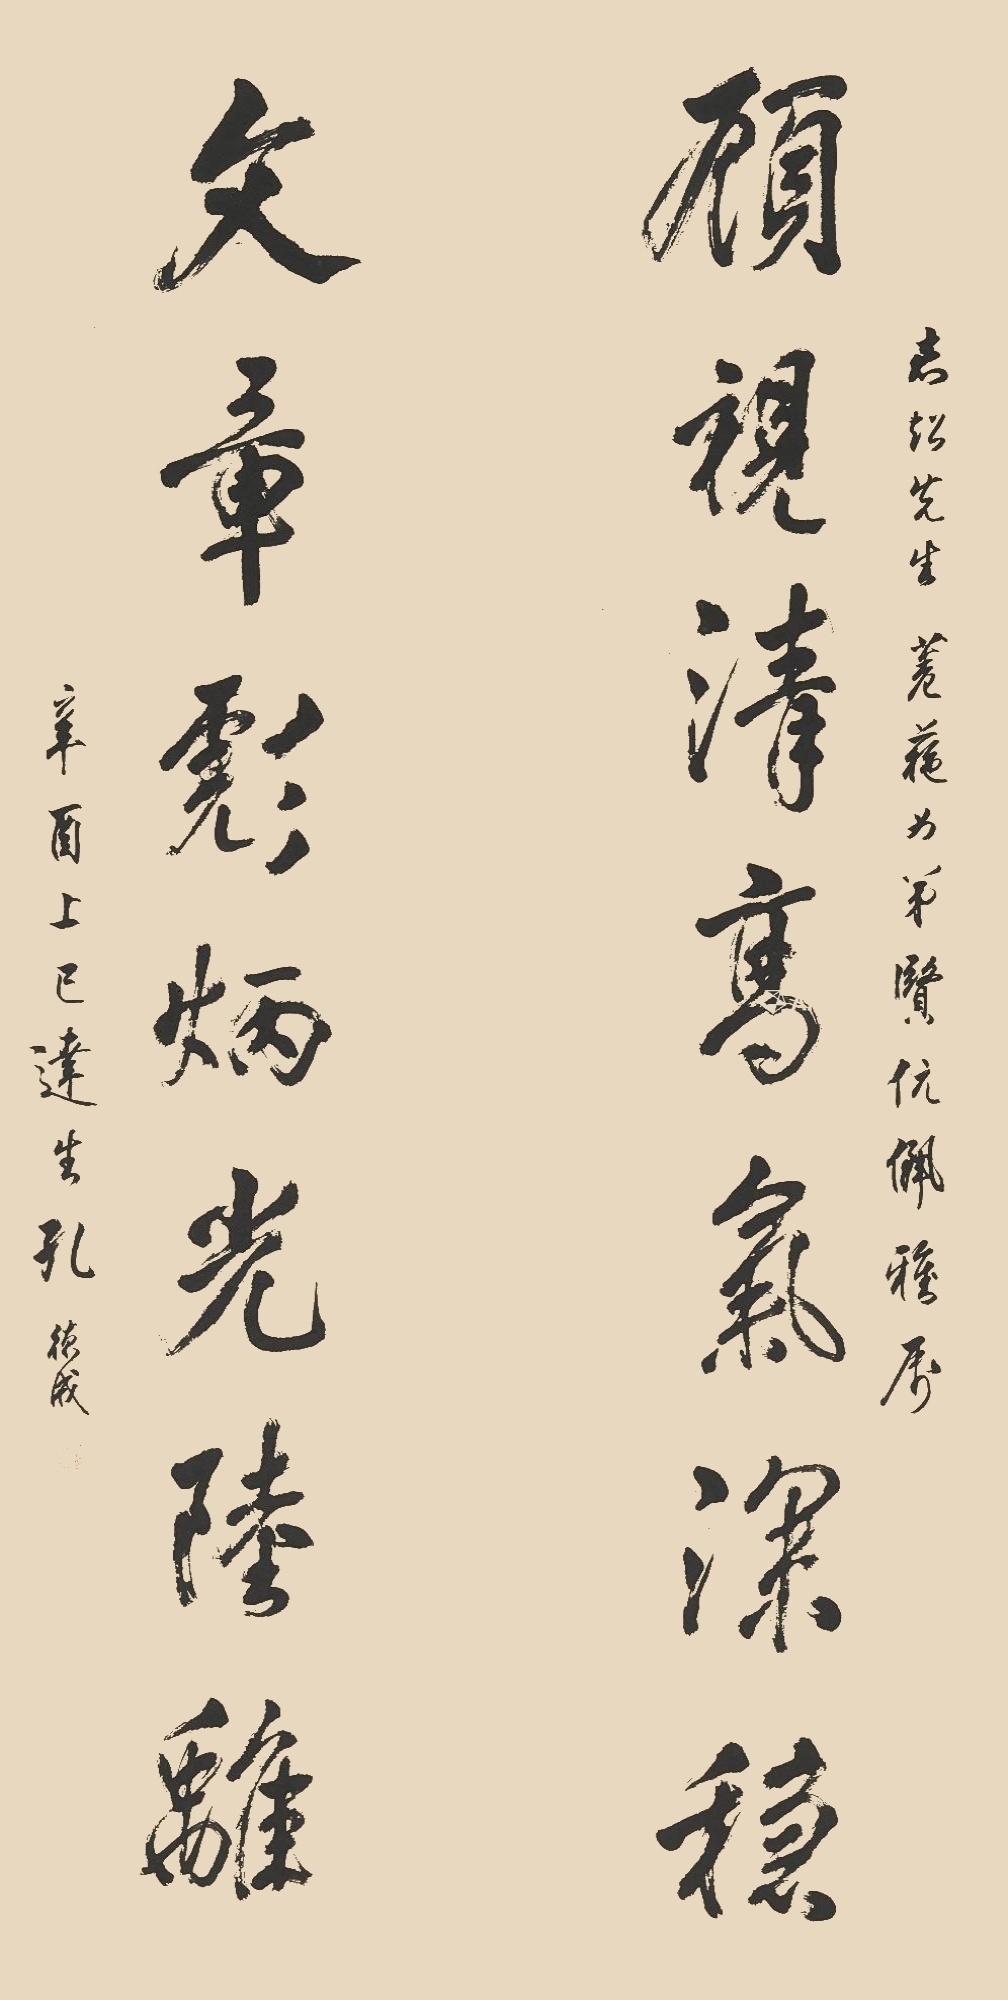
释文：顾视清高气深稳，文章彪炳光陆离。志超先生、菤葹女弟贤伉俪雅属。辛酉上巳。达生孔德成。